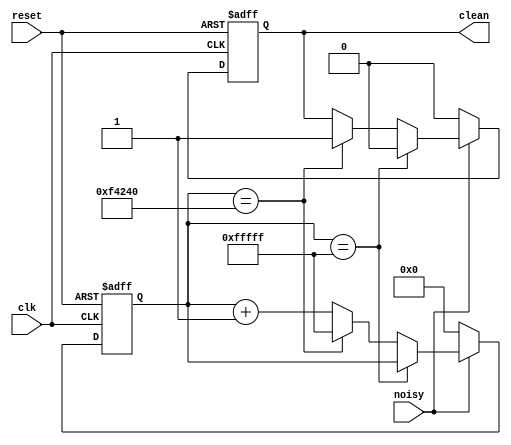
// Switch Debounce Module
// use your system clock for the clock input
// to produce a synchronous, debounced output
module debounce #(parameter DELAY=1000000)   // .01 sec with a 100 Mhz clock
	             (input reset, clk, noisy, output wire clean);
	              
   parameter count_max = 20'b11111111111111111111;
   reg [19:0] count;
   reg new;

   always @ (posedge clk or posedge reset)
     if(reset == 1)
       begin
            count = 20'd0;
            new = 0;
	   end
	 else 
	   begin
            if (!noisy)begin
                count = 20'd0;
                new = 0;
            end
            else begin
               
                if (count == count_max)begin
                    new = 0;
                end
                else begin
                    if (count == DELAY)begin
                        new = 1;
                        count = count_max;
                    end
                    else count = count + 20'd1;

                end
            end
	   end
      
       assign clean = new;
       
endmodule